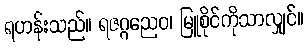
ရဟန်းသည်။ ရဇဂ္ဂညေဝ၊ မြူစိုင်ကိုသာလျှင်။